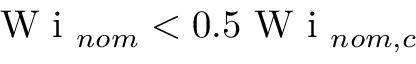
\mathrm { ~ W ~ i ~ } _ { n o m } < 0 . 5 \mathrm { ~ W ~ i ~ } _ { n o m , c }